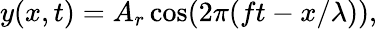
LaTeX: y(x,t)=A_{r}\cos(2\pi(ft-x/\lambda)),